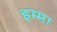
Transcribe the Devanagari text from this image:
इम्मा